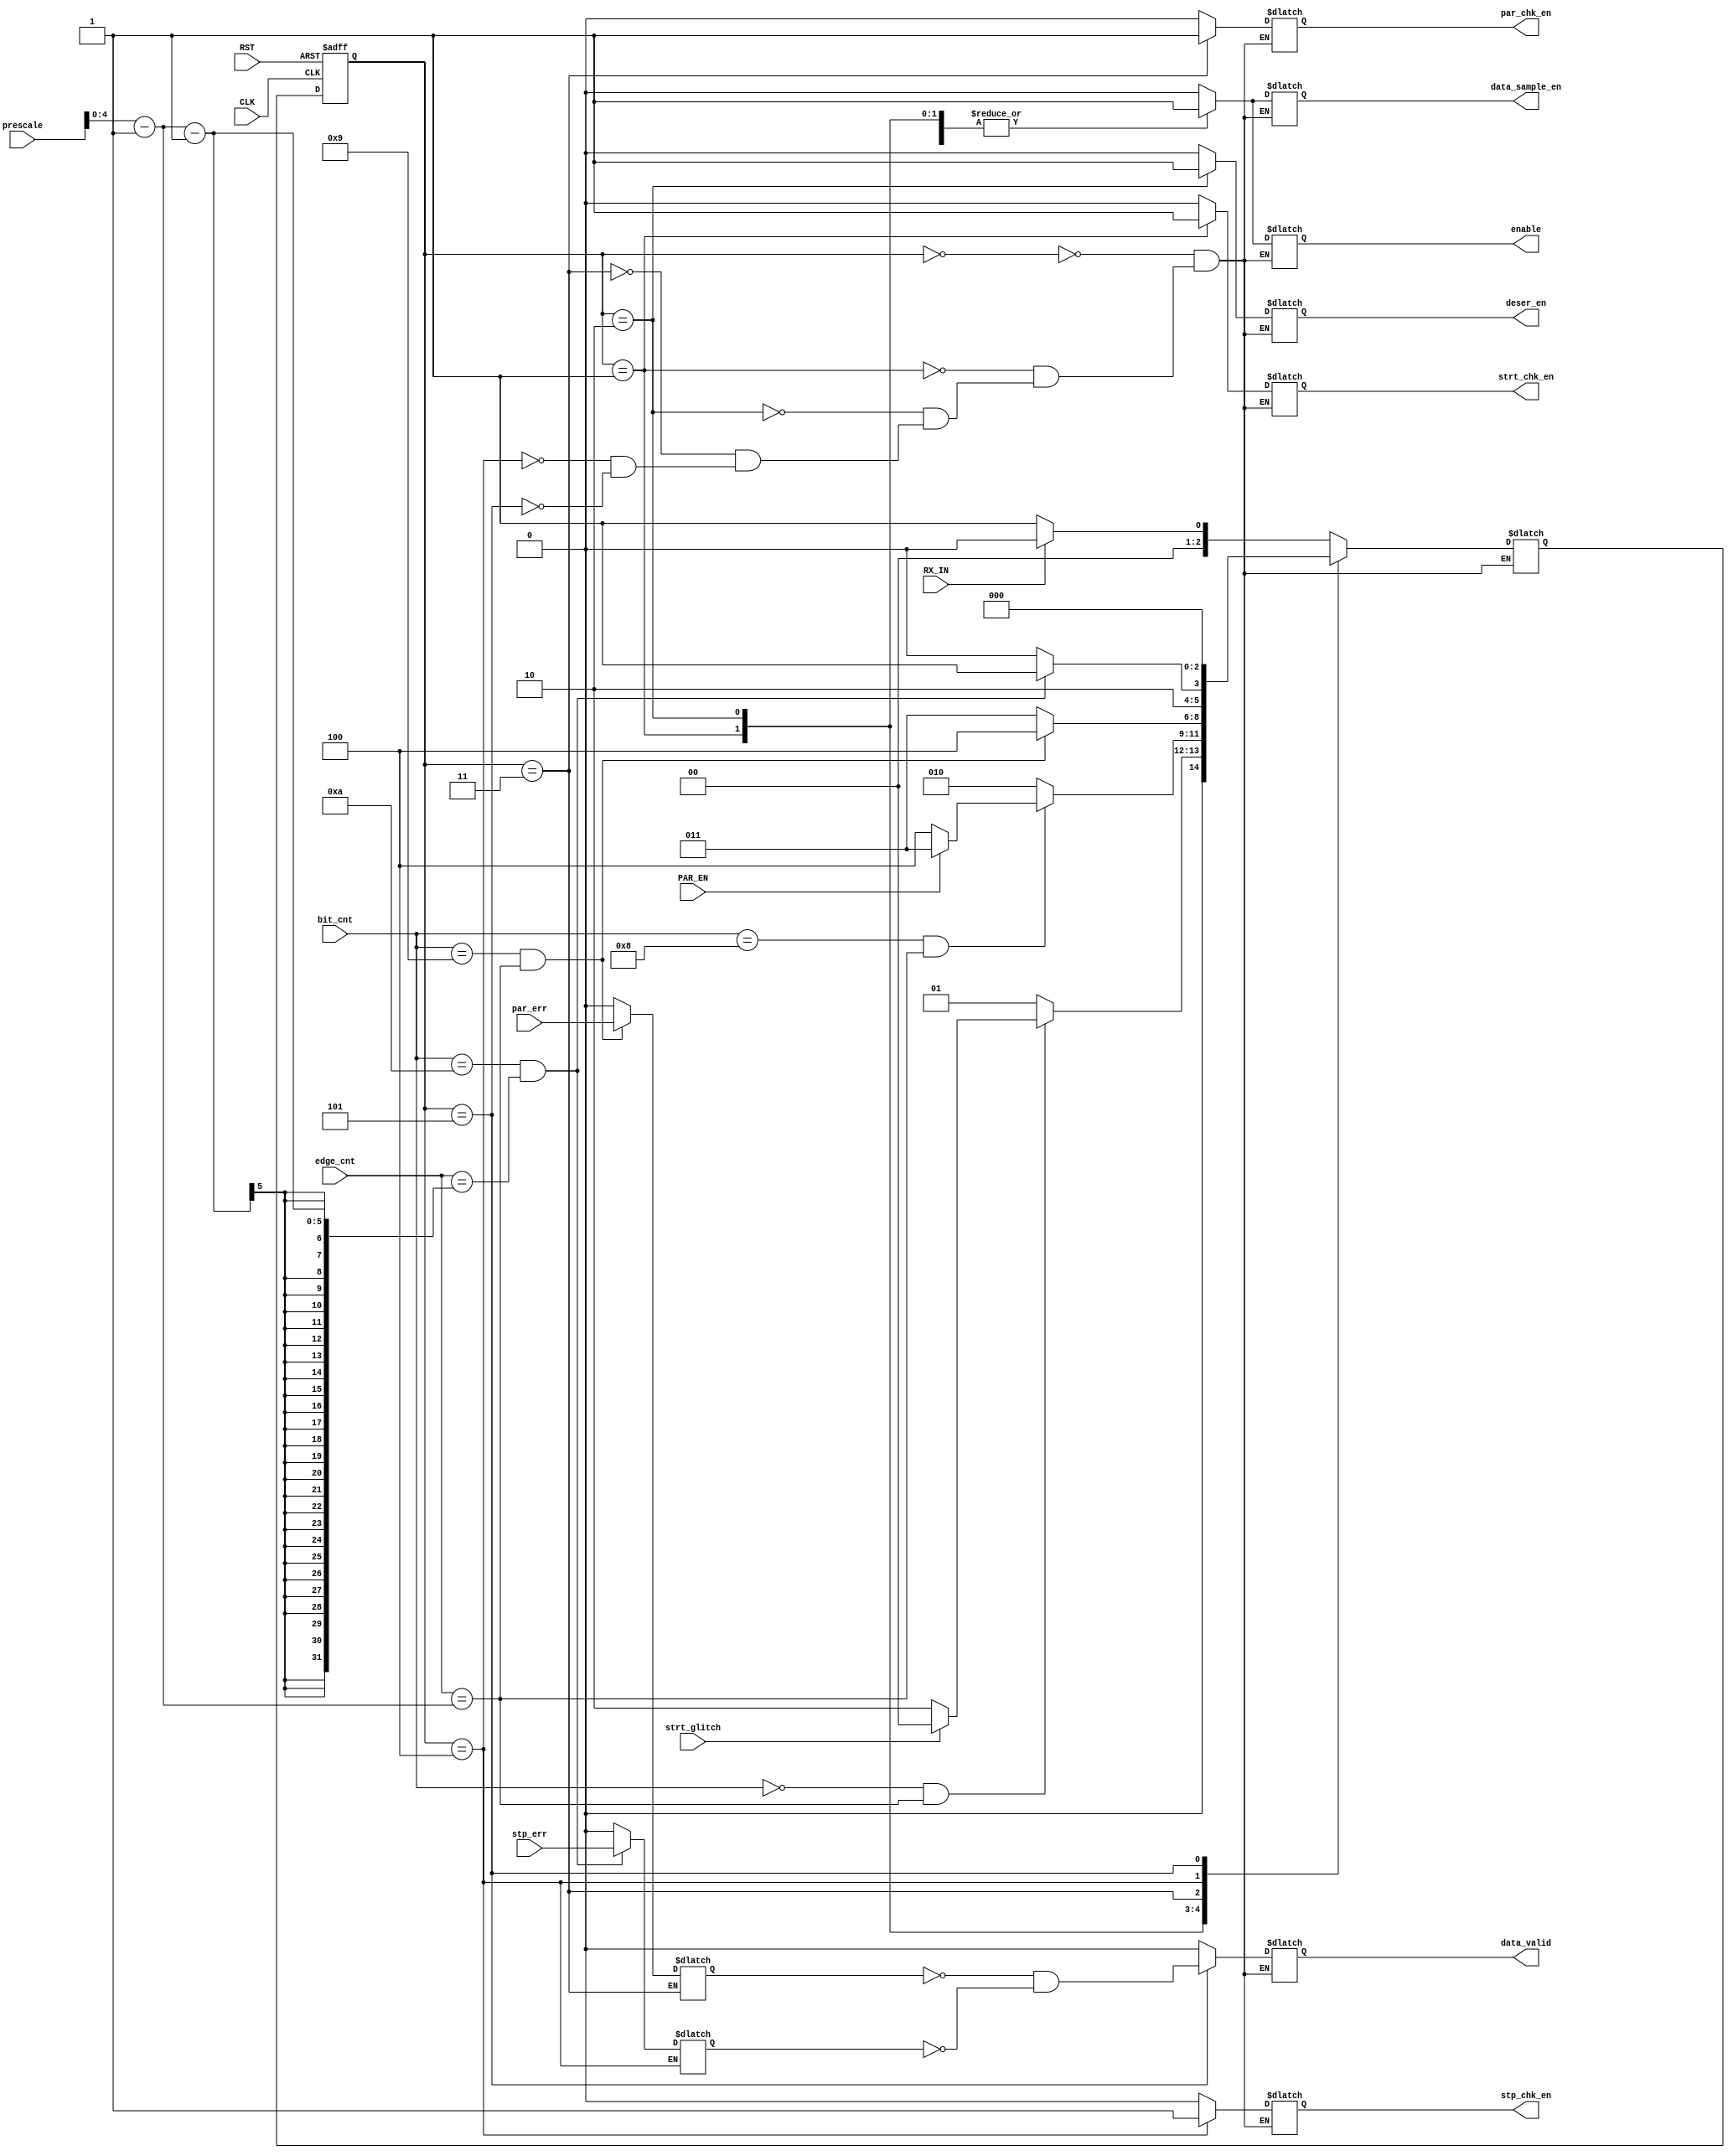
module Rx_FSM (
    input   wire    [3:0]   bit_cnt,
    input   wire    [4:0]   edge_cnt,
    input   wire            PAR_EN,
    input   wire            par_err,
    input   wire            strt_glitch,
    input   wire            stp_err,
    input   wire            RX_IN,
    input   wire            RST,
    input   wire            CLK,
    input   wire    [5:0]   prescale, 

    output  reg             data_sample_en,
    output  reg             enable,
    output  reg             par_chk_en,
    output  reg             strt_chk_en,
    output  reg             stp_chk_en,
    output  reg             deser_en,
    output  reg             data_valid
);

    reg parity_error;
    reg stop_error;

    reg     [4:0]   first_bit;
    reg     [4:0]   second_bit;
    reg     [4:0]   third_bit;
    reg     [4:0]   max_count;


    always @(*) begin
        first_bit       = (prescale >> 1) - 1 ;
        second_bit      = prescale >> 1       ;
        third_bit       = (prescale >> 1) + 1 ;
        max_count       = prescale - 1;
    end

    localparam [2:0]    IDLE_STATE      = 3'b000,
                        START_STATE     = 3'b001,
                        DATA_STATE      = 3'b010,
                        PARITY_STATE    = 3'b011,
                        STOP_STATE      = 3'b100,
                        OUTPUT_STATE    = 3'b101;

    reg     [2:0]   next_state;
    reg     [2:0]   current_state;
    /*******************************************************/
    /****************** state transition *******************/
    /*******************************************************/
    always @(posedge CLK, negedge RST ) 
        begin
            if (!RST) begin
                current_state <= IDLE_STATE;
            end else begin
                current_state <= next_state;    
            end
        end


    /*******************************************************/
    /****************** output logic ***********************/
    /*******************************************************/
    always @(*) begin
        case(current_state)
            IDLE_STATE:
                begin
                    enable          =   0;
                    data_sample_en  =   0;
                    strt_chk_en     =   0;
                    par_chk_en      =   0;
                    stp_chk_en      =   0;
                    deser_en        =   0;
                    data_valid      =   0;
                end
            START_STATE:
                begin
                    enable          =   1;
                    data_sample_en  =   1;
                    strt_chk_en     =   1;
                    par_chk_en      =   0;
                    stp_chk_en      =   0;
                    deser_en        =   0;
                    data_valid      =   0;
                end
            DATA_STATE:
                begin
                    enable          =   1;
                    data_sample_en  =   1;
                    strt_chk_en     =   0;
                    par_chk_en      =   0;
                    stp_chk_en      =   0;
                    deser_en        =   1;
                    data_valid      =   0;
                end
            PARITY_STATE:
                begin
                    enable          =   1;
                    data_sample_en  =   1;
                    strt_chk_en     =   0;
                    par_chk_en      =   1;
                    stp_chk_en      =   0;
                    deser_en        =   0;
                    data_valid      =   0;
                end
            STOP_STATE:
                begin
                    enable          =   1;
                    data_sample_en  =   1;
                    strt_chk_en     =   0;
                    par_chk_en      =   0;
                    stp_chk_en      =   1;
                    deser_en        =   0;
                    data_valid      =   0;
                end
            OUTPUT_STATE:
                begin
                    enable          =   0;
                    data_sample_en  =   0;
                    strt_chk_en     =   0;
                    par_chk_en      =   0;
                    stp_chk_en      =   0;
                    deser_en        =   0;
                    data_valid      =   ~parity_error & ~stop_error;
                end
        endcase
    end




    /*******************************************************/
    /****************** next state logic *******************/
    /*******************************************************/
    always @(*) begin
        case (current_state)
            IDLE_STATE:
                begin
                    if(RX_IN == 0)
                        next_state  =   START_STATE;
                    else
                        next_state  =   IDLE_STATE;    
                end
                
            START_STATE:
                begin
                    if(bit_cnt == 0 && edge_cnt == max_count)   //check for the start_glitch
                        if(strt_glitch == 0)
                            next_state = DATA_STATE;
                        else    
                            next_state  = IDLE_STATE;
                    else
                        next_state = START_STATE;    
                end
                
            DATA_STATE:
                begin
                    if(bit_cnt == 8 && edge_cnt == max_count)
                        if (PAR_EN)
                            next_state = PARITY_STATE;
                        else
                            next_state = STOP_STATE;
                    else
                        next_state = DATA_STATE;
                end
                
            PARITY_STATE:
                begin
                    if(bit_cnt == 9 && edge_cnt == max_count)
                        begin
                            parity_error = par_err;
                            next_state = STOP_STATE;
                        end
                    else
                        begin
                            parity_error = 0;
                            next_state = PARITY_STATE;
                        end
                end
                
            STOP_STATE:
                begin
                    if(bit_cnt == 4'd10 && edge_cnt == max_count - 1)
                        begin
                            stop_error = stp_err;
                            next_state = OUTPUT_STATE;
                        end
                    else
                        begin
                            stop_error = 0;
                            next_state = STOP_STATE;
                        end
                end
            
            OUTPUT_STATE:
                begin
                    next_state = IDLE_STATE;
                end
                
                    
        endcase
    end



endmodule